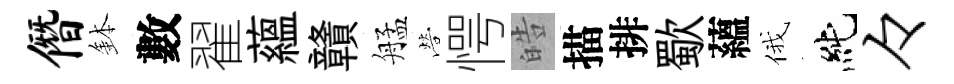
僭鉢數翟藴贛艋營愕皓描排歜蘊俄純々